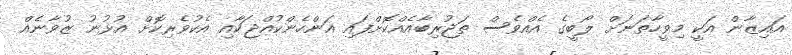
އައިޒާން އަކީ މިވީހާތަނަށް ލޯބީގެ އެއްވެސް ތަޖުރިބާއެއްކޮށްފައި އަންހެންކުއްޖަކާއި އެކުވެރިކޮށް އުޅުނު ޒުވާނެއް